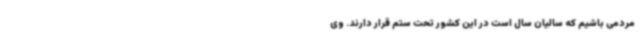
مردمی باشیم که سالیان سال است در این کشور تحت ستم قرار دارند. وی